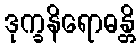
ဒုက္ခနိရောဓန္တိ